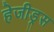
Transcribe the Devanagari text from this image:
हेजीड्रस